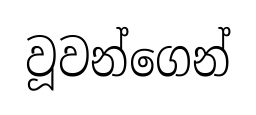
වූවන්ගෙන්